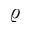
\varrho